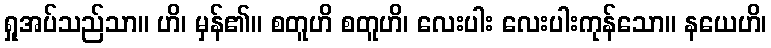
ရှုအပ်သည်သာ။ ဟိ၊ မှန်၏။ စတူဟိ စတူဟိ၊ လေးပါး လေးပါးကုန်သော။ နယေဟိ၊